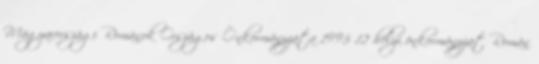
Magyarországi Románok Országos Önkormányzata 1995 12 helyi önkormányzat Román